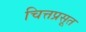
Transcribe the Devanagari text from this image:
चित्तप्रसूत